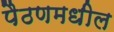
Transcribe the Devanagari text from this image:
पैठणमधील